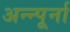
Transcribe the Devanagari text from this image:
अन्न्पूर्ना